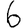
Digit: 6